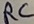
Text: RC